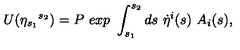
U ( { \eta } _ { s _ { 1 } } { } ^ { s _ { 2 } } ) = P \ e x p \ \int _ { s _ { 1 } } ^ { s _ { 2 } } d s \ { \dot { \eta } } ^ { i } ( s ) \ A _ { i } ( s ) ,